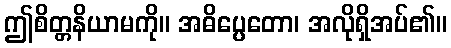
ဤစိတ္တနိယာမကို။ အဓိပ္ပေတော၊ အလိုရှိအပ်၏။